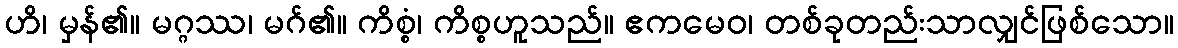
ဟိ၊ မှန်၏။ မဂ္ဂဿ၊ မဂ်၏။ ကိစ္စံ၊ ကိစ္စဟူသည်။ ဧကမေဝ၊ တစ်ခုတည်းသာလျှင်ဖြစ်သော။